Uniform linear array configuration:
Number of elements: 32
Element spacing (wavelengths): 1
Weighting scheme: cosine
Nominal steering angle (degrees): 45
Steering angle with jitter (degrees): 43.074
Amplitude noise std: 0.05
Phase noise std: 0.05

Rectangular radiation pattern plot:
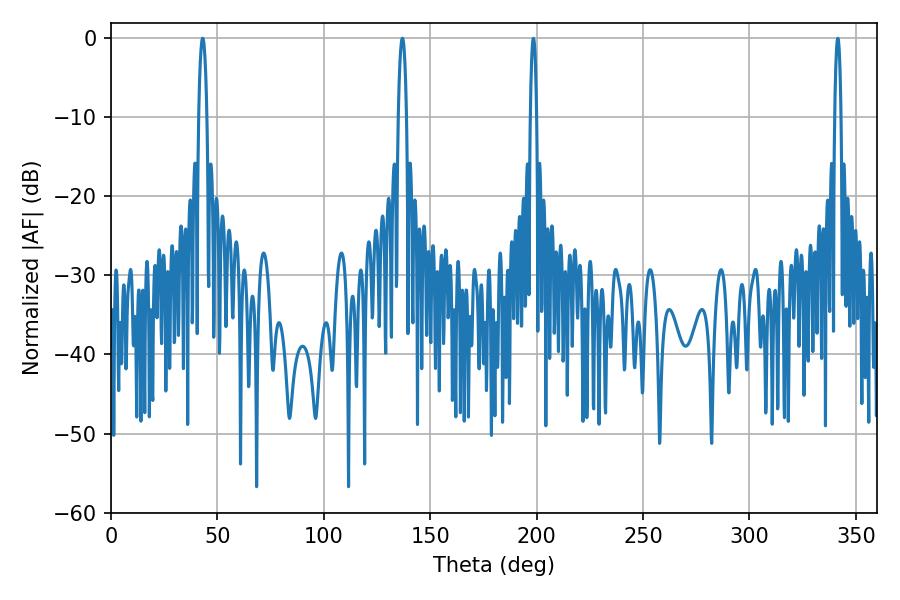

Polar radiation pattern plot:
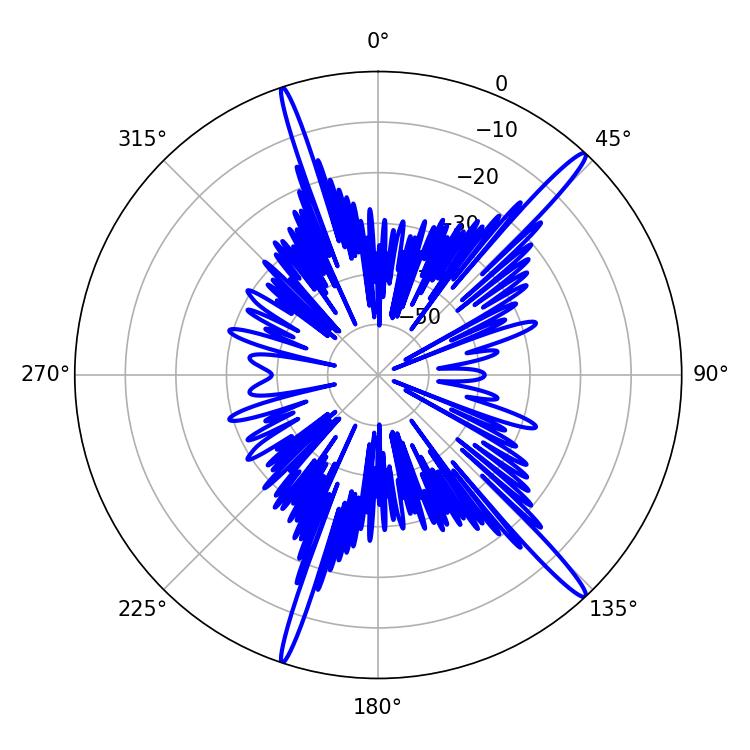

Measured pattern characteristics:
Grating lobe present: TRUE
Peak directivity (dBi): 17.232
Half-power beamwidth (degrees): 2.16
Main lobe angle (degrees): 43.02